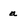
Character: a